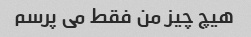
هیچ چیز من فقط می پرسم